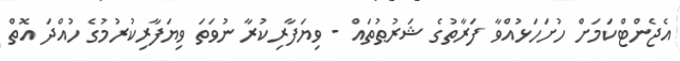
އެޖެންޓްކަމަށް ހުށަހަޅުއްވާ ފަރާތުގެ ޝަރުޠުތައް - ވިޔަފާރިކުރާ ނުވަތަ ވިޔަފާރިކުރުމުގެ ހުއްދަ އޮތް